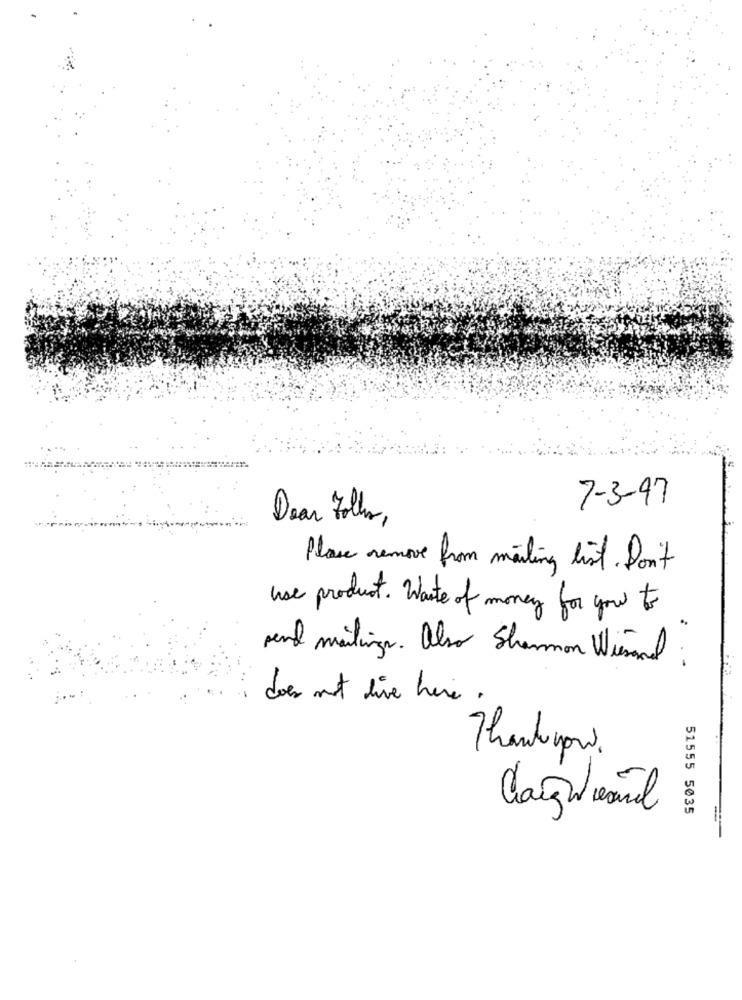
7-3-97
Dear Folhas ,
Please remove from mailing list. Don't
use product . Waste of money for you to
send mailings. Also Shannon Wiesmal
does not live here .
Thankyou.
Cagwearil
51555 5035